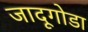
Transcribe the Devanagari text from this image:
जादूगोडा